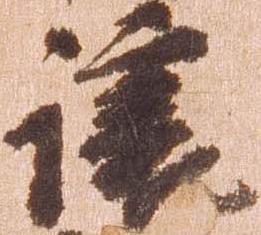
譲